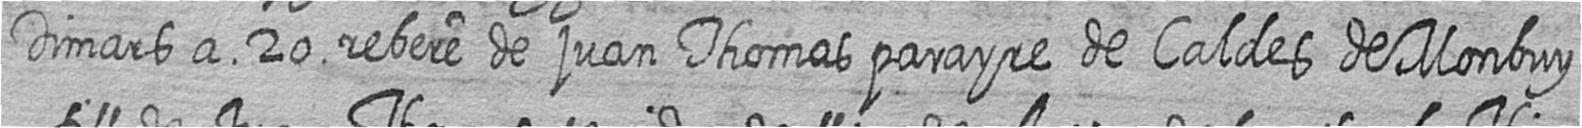
Dimars a 20 rebere de juan Thomas parayre de Caldes de Monbuy